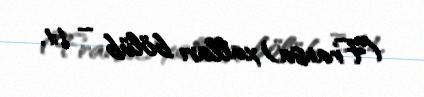
(Fransa) xalları bölüb – 1:1.